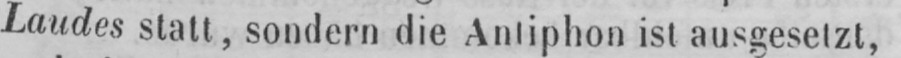
Laudes statt, sondern die Antiphon ist ausgesetzt,